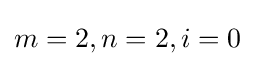
m=2,n=2,i=0